Manual of the Civil Veterinary Department, Central Provinces and Berar
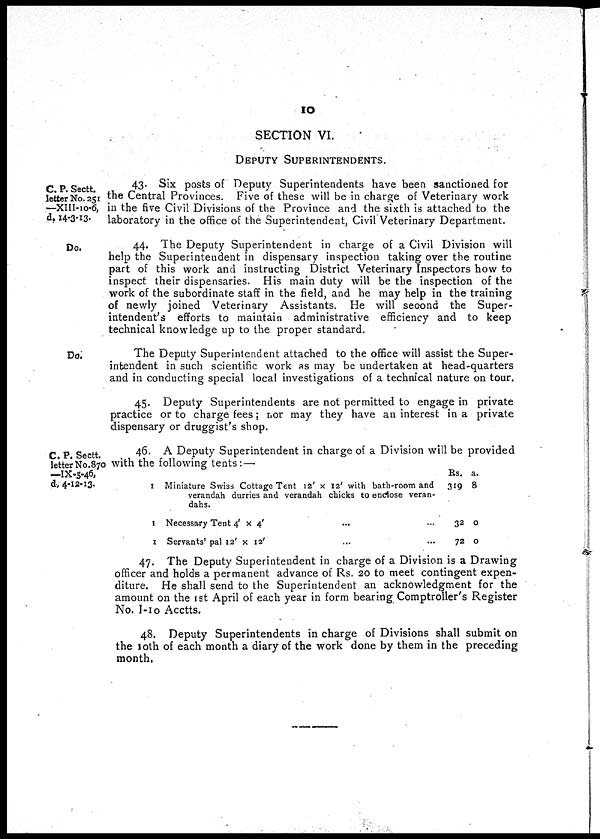
10
SECTION VI.
DEPUTY SUPERINTENDENTS.
C. P. Sectt.
letter No. 251
—XIII-10-6,
d. 14-3-13.
43. Six posts of Deputy Superintendents have been sanctioned for
the Central Provinces. Five of these will be in charge of Veterinary work
in the five Civil Divisions of the Province and the sixth is attached to the
laboratory in the office of the Superintendent, Civil Veterinary Department.
Do.
44. The Deputy Superintendent in charge of a Civil Division will
help the Superintendent in dispensary inspection taking over the routine
part of this work and instructing District Veterinary Inspectors how to
inspect their dispensaries. His main duty will be the inspection of the
work of the subordinate staff in the field, and he may help in the training
of newly joined Veterinary Assistants. He will second the Super-
intendent's efforts to maintain administrative efficiency and to keep
technical knowledge up to the proper standard.
Do.
The Deputy Superintendent attached to the office will assist the Super-
intendent in such scientific work as may be undertaken at head-quarters
and in conducting special local investigations of a technical nature on tour.
45. Deputy Superintendents are not permitted to engage in private
practice or to charge fees; nor may they have an interest in a private
dispensary or druggist's shop.
C. P. Sectt.
letter No.870
—IX-5-46,
d, 4-12-13.
46. A Deputy Superintendent in charge of a Division will be provided
with the following tents:—
1 Miniature Swiss Cottage Tent 12' x 12' with bath-room and
verandah durries and verandah chicks to enclose veran-
dahs.
1 Necessary Tent 4' x 4' ... ...
1 Servants' pal 12' x 12' ... ...
Rs.
319
32
72
a.
8
0
0
47. The Deputy Superintendent in charge of a Division is a Drawing
officer and holds a permanent advance of Rs. 20 to meet contingent expen-
diture. He shall send to the Superintendent an acknowledgment for the
amount on the 1st April of each year in form bearing Comptroller's Register
No. 1-10 Acctts.
48. Deputy Superintendents in charge of Divisions shall submit on
the 10th of each month a diary of the work done by them in the preceding
month.